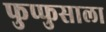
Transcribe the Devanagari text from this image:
फुप्फुसाला